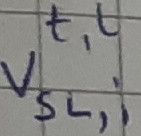
Text: t,l VSL,i